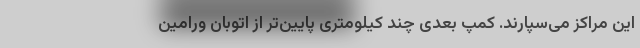
این مراکز می‌سپارند. کمپ بعدی چند کیلومتری پایین‌تر از اتوبان ورامین